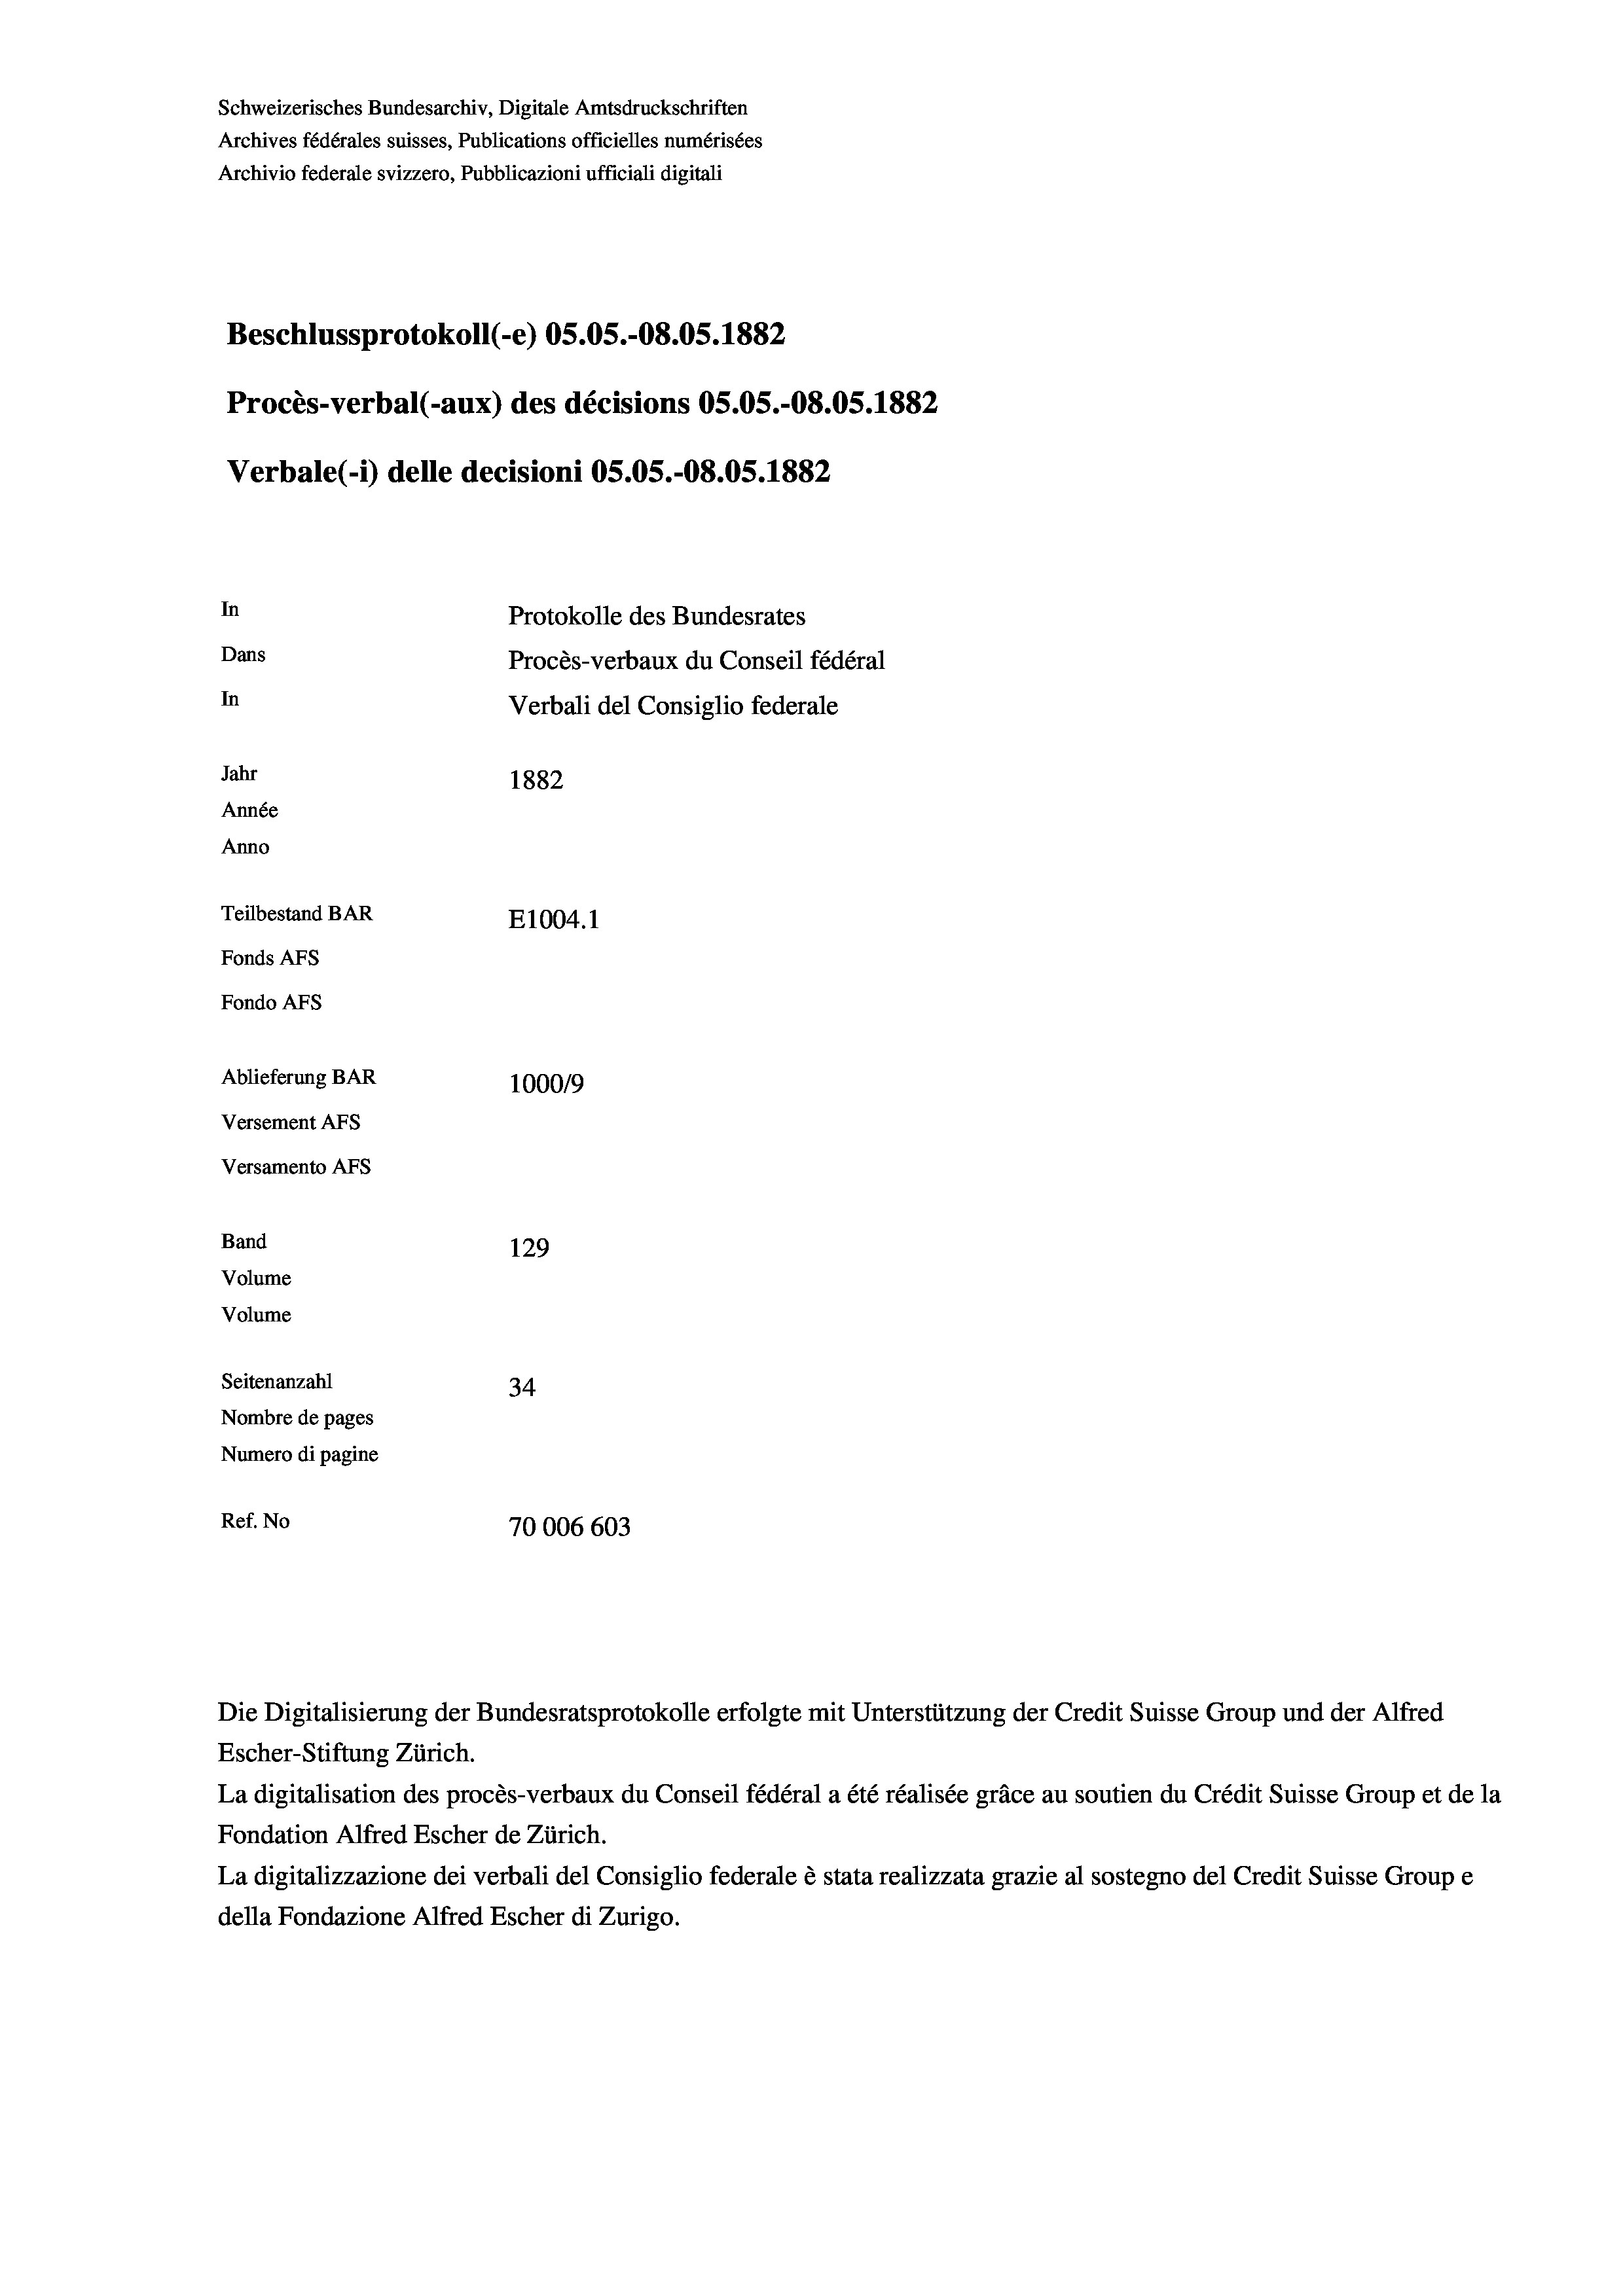
Schweizerisches Bundesarchiv, Digitale Amtsdruckschriften
Archives fédérales suisses, Publications officielles numérisées
Archivio federale svizzero, Pubblicazioni ufficiali digitali
Beschlussprotokoll (e) OS.05.-O8.05. 1882
Procès-verbal (-aux) des décisions OS.05.-O8.05. 1882
Verbale (i) delle decisioni OS.05.-O8.05. 1882
In
Protokolle des Bundesrates
Dans
Procès-verbaux du Conseil fédéral
In
Verbali del Consiglio federale
Jahr
1882
Année
Anno
Teilbestand BAR
E1004. 1
Fonds AFs
Fondo Afs
Ablieferung BAR
100019
Versement AFs
Versamento AFs
Band
129
Volume
Volume
Seitenanzahl
34
Nombre de pages
Numero di pagine
Ref. No
70006 603

Escher-Stiftung Zürich.
La digitalisation des procès-verbaux du Conseil fédéral a été réalisée gräce au soutien du Crédit Suisse Group et de la
Fondation Alfred Escher de Zürich.
La digitalizzazione dei verbali del Consiglio federale è stata realizzata grazie al sostegno del Credit Suisse Groupe
della Fondazione Alfred Escher di Zurigo.

Die Digitalisierung der Bundesratsprotokolle erfolgte mit Unterstützung der Credit Suisse Group und der Alfred